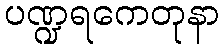
ပဏ္ဍရကေတုနာ